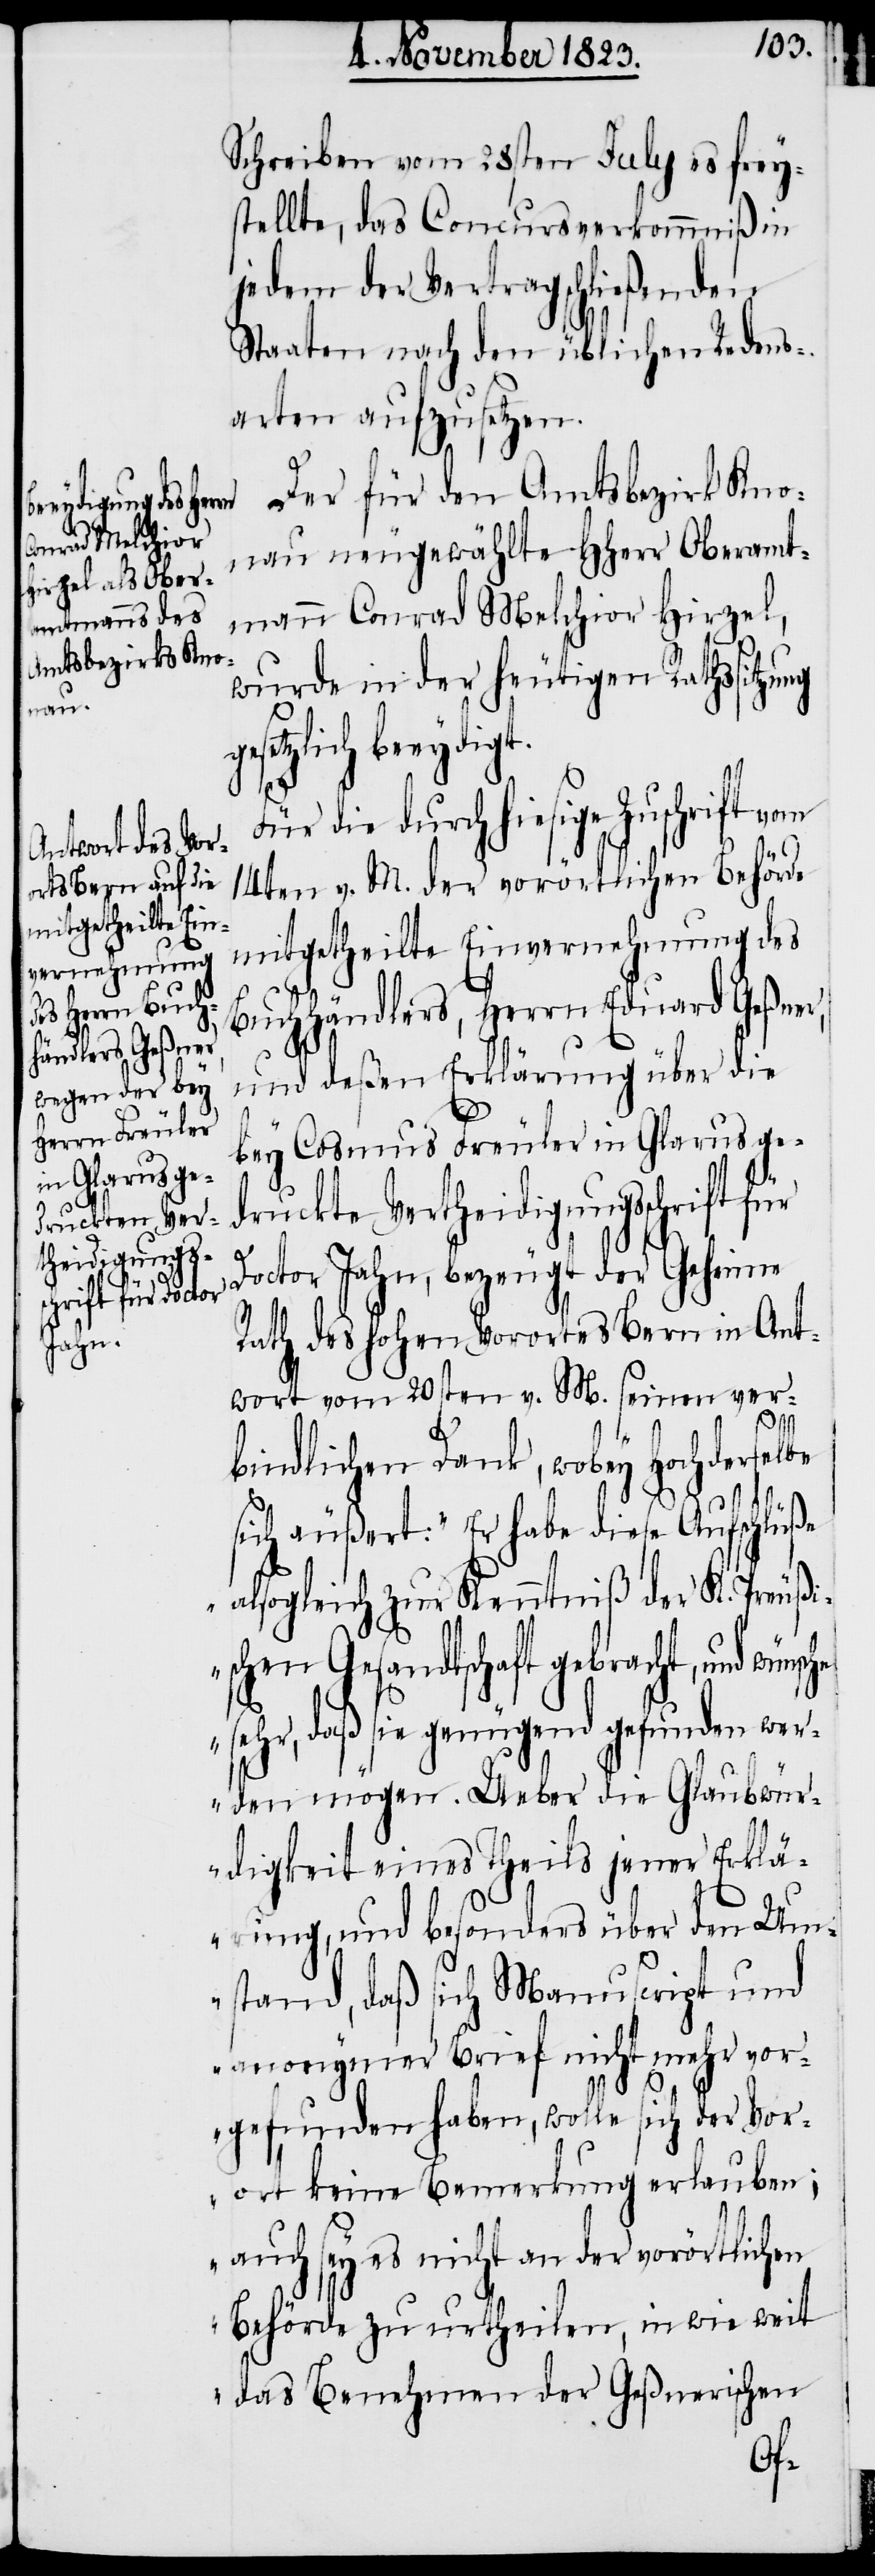
Schreiben vom 28sten July es frey¬
stellte, das Concursverkommniß in
jedem der Vertragschließenden
Staaten nach den üblichen Redens¬
arten aufzusetzen.
Der für den Amtsbezirk Kno¬
nau neugewählte HHerr Oberamt¬
mann Conrad Melchior Hirzel,
wurde in der heutigen Rathssitzung
setzlich beeydi¬
he
Für die durch hiesige Zuschrift vom
14ten v. M. der vorörtlichen Behörde
mitgetheilte Einvernehmung des
Buchhändlers, Herrn Eduard Geßner,
und deßen Erklärung über die
bey Cosmus Freuler in Glarus ge¬
druckte Vertheidigungsschrift
für
Doctor Jahn, bezeugt der Geheime
Rath des hohen Vorortes Bern in Ant¬
wort vom 20sten v. M. seinen ver¬
bindlichen Dank, wobey Hochderselbe
sich äußert: „Er habe diese Aufschlüße
alsogleich zur Kenntniß der K. Preußi¬
schen Gesandtschaft gebracht, und wünsc¬
sehr, daß sie genügend gefunden wer¬
den mögen. Ueber die Glaubwür¬
digkeit eines Theils jener Erklä¬
rung, und besonders über den Um¬
stand, daß sich Manuscript und
anonymer Brief nicht mehr vor¬
gefunden haben, wolle sich der Vor¬
ort keine Bemerkung erlauben;
auch sey es nicht an der vorörtlichen
Behörde zu urtheilen, in wie weit
das Benehmen der Geßnerischen